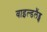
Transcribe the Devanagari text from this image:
वाइल्डलैंड्स